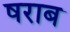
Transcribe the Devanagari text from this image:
षराब